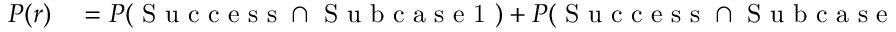
\begin{array} { r l } { P ( r ) } & { { } = P ( \mathrm { ~ S ~ u ~ c ~ c ~ e ~ s ~ s ~ } \cap \mathrm { ~ S ~ u ~ b ~ c ~ a ~ s ~ e ~ 1 ~ } ) + P ( \mathrm { ~ S ~ u ~ c ~ c ~ e ~ s ~ s ~ } \cap \mathrm { ~ S ~ u ~ b ~ c ~ a ~ s ~ e ~ 2 ~ } ) + P ( \mathrm { ~ S ~ u ~ c ~ c ~ e ~ s ~ s ~ } \cap \mathrm { ~ S ~ u ~ b ~ c ~ a ~ s ~ e ~ 3 ~ } ) } \end{array}